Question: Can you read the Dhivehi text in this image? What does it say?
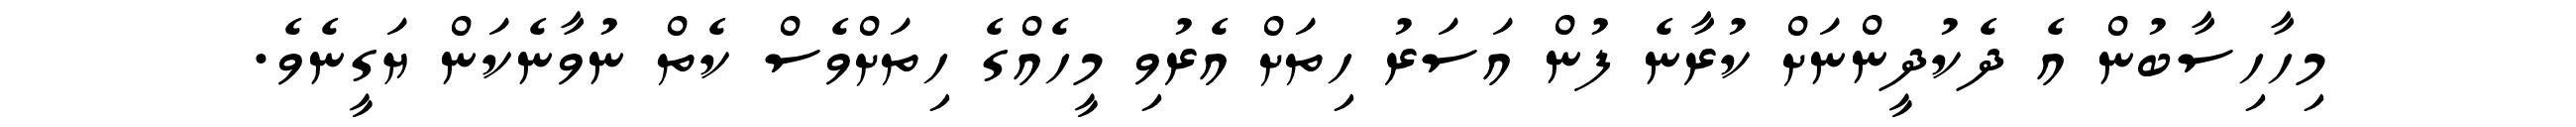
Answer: މިހާހިސާބުން އެ ދެކުދީންނަށް ކުރާނެ ފުން އަސަރު ހިތަށް އެރުވި މީހެއްގެ ހިތަށްވެސް ކެތް ނުވާނެކަން ޔަގީނެވެ.